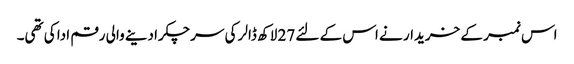
اس نمبر کے خریدار نے اس کے لئے 27 لاکھ ڈالر کی سرچکرادینے والی رقم ادا کی تھی۔